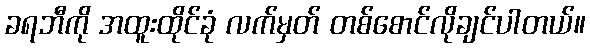
ခရဘီကို အထူးထိုင်ခုံ လက်မှတ် တစ်စောင်လိုချင်ပါတယ်။